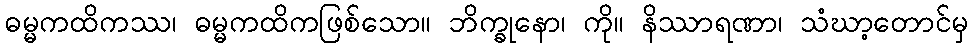
ဓမ္မကထိကဿ၊ ဓမ္မကထိကဖြစ်သော။ ဘိက္ခုနော၊ ကို။ နိဿာရဏာ၊ သံဃာ့တောင်မှ